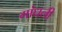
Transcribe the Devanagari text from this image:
गांधली